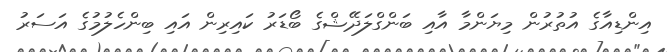
އިންޑިއާގެ އުތުރުން މިޔަންމާ އާއި ބަންގްލަދޭޝްގެ ބޯޑަރު ކައިރިން އައި ބިންހެލުމުގެ އަސަރު